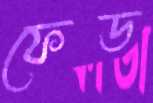
ফেড